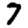
Digit: 7